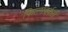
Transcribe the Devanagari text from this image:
फिल्मवर्कर्स